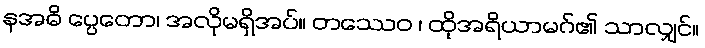
နအဓိ ပ္ပေတော၊ အလိုမရှိအပ်။ တဿေဝ ၊ ထိုအရိယာမဂ်၏ သာလျှင်။